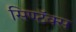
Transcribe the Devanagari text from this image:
सिण्टॅक्स